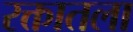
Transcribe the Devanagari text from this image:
रक्तातला